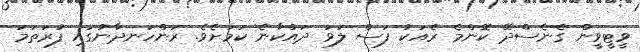
ވީޓީވީން ގެނެސްދޭ ކޮންމެ ރެއަކު ފަސް ލަވަ ދައްކާނެ ކަމަށެެވެ. ރަންހަނދާނުގައި ފުރަތަމަ